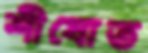
শীষোত